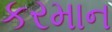
કરમાન